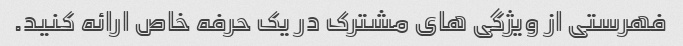
فهرستی از ویژگی های مشترک در یک حرفه خاص ارائه کنید.